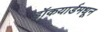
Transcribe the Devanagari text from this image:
डॉकयार्डमधून